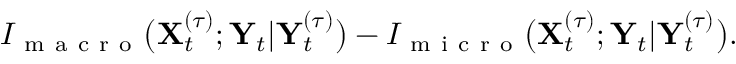
I _ { \mathrm { ~ m ~ a ~ c ~ r ~ o ~ } } \big ( \mathbf { X } _ { t } ^ { ( \tau ) } ; \mathbf { Y } _ { t } | \mathbf { Y } _ { t } ^ { ( \tau ) } \big ) - I _ { \mathrm { ~ m ~ i ~ c ~ r ~ o ~ } } \big ( \mathbf { X } _ { t } ^ { ( \tau ) } ; \mathbf { Y } _ { t } | \mathbf { Y } _ { t } ^ { ( \tau ) } \big ) .